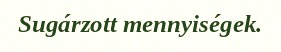
Sugárzott mennyiségek.